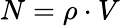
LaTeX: N=\rho\cdot V